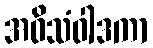
အဝိသံဝါဒကာ